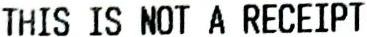
THIS IS NOT A RECEIPT